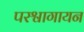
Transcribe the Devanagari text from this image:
परश्वागायन